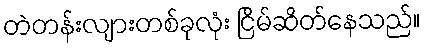
တဲတန်းလျားတစ်ခုလုံး ငြိမ်ဆိတ်နေသည်။